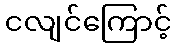
ငလျင်ကြောင့်